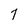
Character: 7